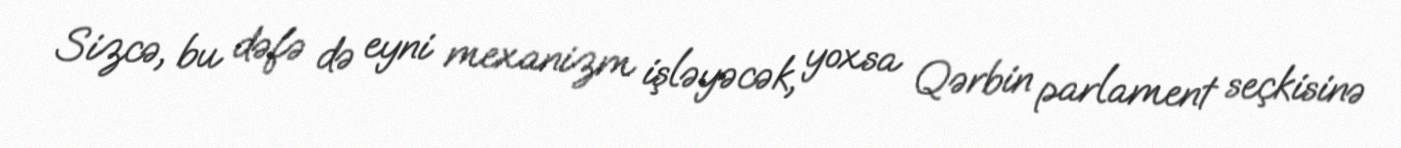
Sizcə, bu dəfə də eyni mexanizm işləyəcək, yoxsa Qərbin parlament seçkisinə